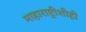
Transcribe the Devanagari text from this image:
माहाराष्ट्रीशीही